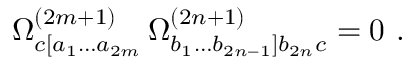
\Omega _ { c [ a _ { 1 } \ldots a _ { 2 m } } ^ { ( 2 m + 1 ) } \, \Omega _ { b _ { 1 } \ldots b _ { 2 n - 1 } ] b _ { 2 n } c } ^ { ( 2 n + 1 ) } = 0 \ .